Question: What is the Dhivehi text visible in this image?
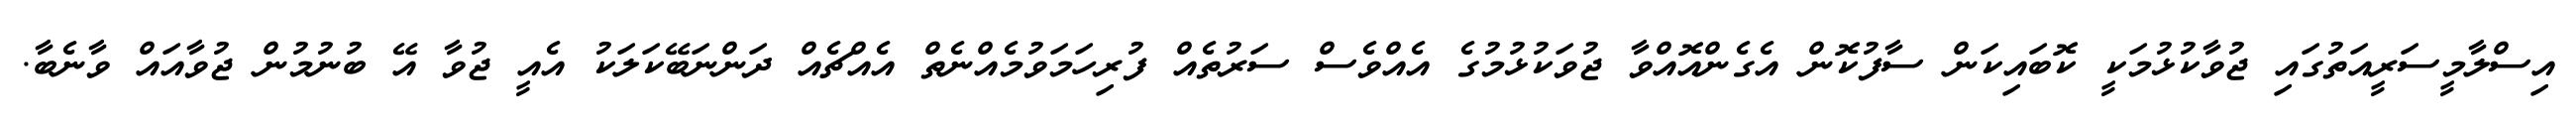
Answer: އިސްލާމީސަރީއަތުގައި ޖުވާކުޅުމަކީ ކޮބައިކަން ސާފުކޮން އެގެންއޮއްވާ ޖުވަކުޅުމުގެ އެއްވެސް ސަރުތެއް ފުރިހަމަވުމެއްނެތް އެއްޗެއް ދަންނަބޭކަލަކު އެއީ ޖުވާ އޭ ބުނުމުން ޖުވާއައް ވާނެބާ.